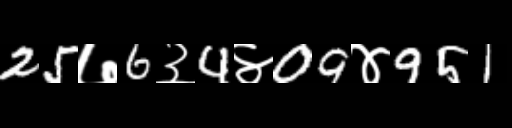
Text: 25७6३4४09४951